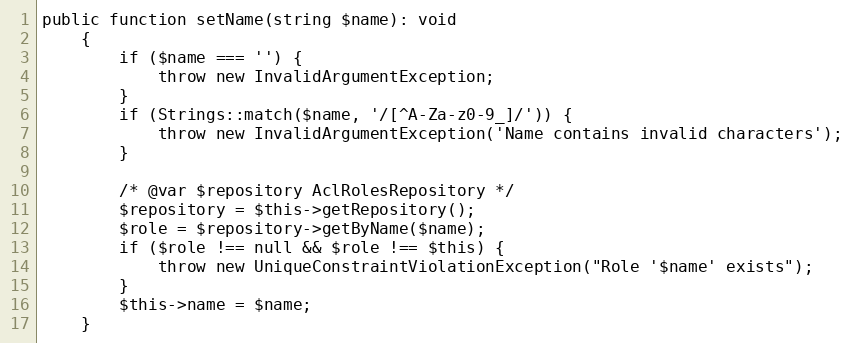
Language: PHP
public function setName(string $name): void
	{
		if ($name === '') {
			throw new InvalidArgumentException;
		}
		if (Strings::match($name, '/[^A-Za-z0-9_]/')) {
			throw new InvalidArgumentException('Name contains invalid characters');
		}

		/* @var $repository AclRolesRepository */
		$repository = $this->getRepository();
		$role = $repository->getByName($name);
		if ($role !== null && $role !== $this) {
			throw new UniqueConstraintViolationException("Role '$name' exists");
		}
		$this->name = $name;
	}